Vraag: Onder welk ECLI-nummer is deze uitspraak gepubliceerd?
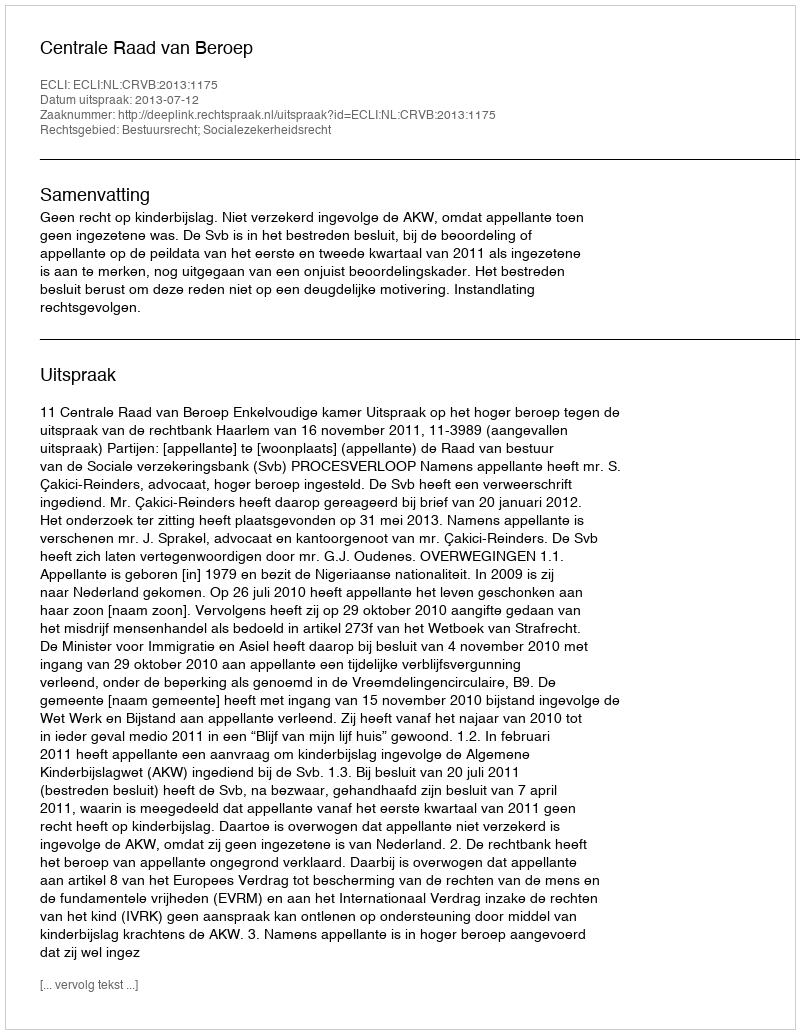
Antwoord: ECLI:NL:CRVB:2013:1175